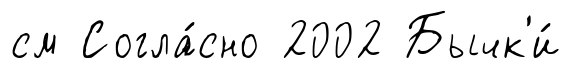
см Согла́сно 2002 Бычк'и́